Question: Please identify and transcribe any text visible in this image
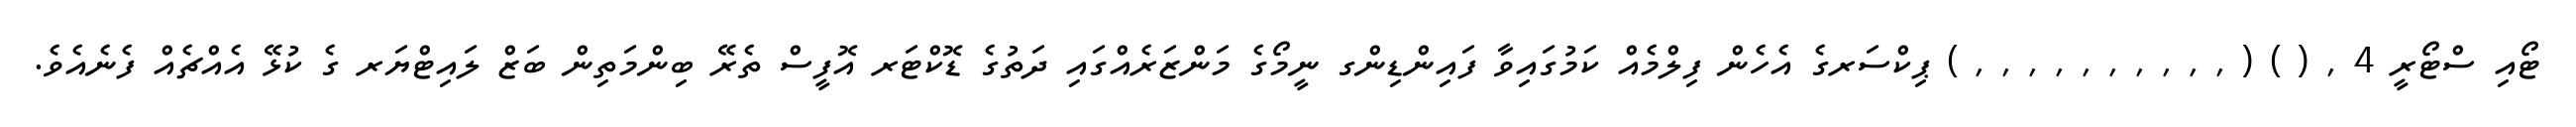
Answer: ޓޯއި ސްޓޯރީ 4 , ( ) ( , , , , , , , , , , ) ޕިކްސަރގެ އެހެން ފިލްމެއް ކަމުގައިވާ ފައިންޑިންގ ނީމޯގެ މަންޒަރެއްގައި ދަތުގެ ޑޮކްޓަރ އޮފީސް ތެރޭ ބިންމަތިން ބަޒް ލައިޓްޔަރ ގެ ކުޅޭ އެއްޗެއް ފެނެއެވެ.